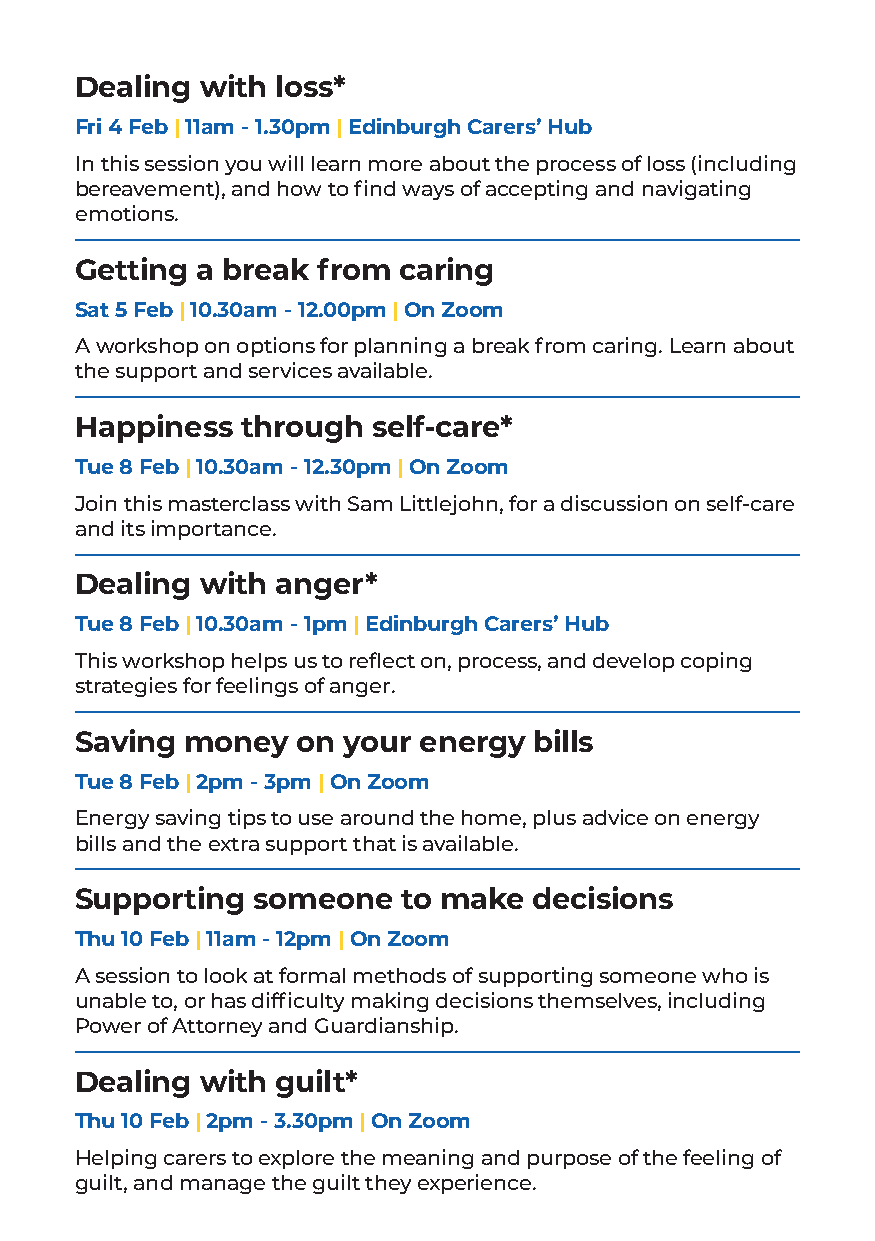
Dealing with loss*
 Fri 4 Feb | 11am - 1.30pm | Edinburgh Carers’ Hub
 In this session you will learn more about the process of loss (including
 bereavement), and how to find ways of accepting and navigating
 emotions.
 Getting a break from caring
 Sat 5 Feb | 10.30am - 12.00pm | On Zoom
 A workshop on options for planning a break from caring. Learn about
 the support and services available.
 Happiness  through  self-care*
 Tue 8 Feb | 10.30am - 12.30pm | On Zoom
 Join this masterclass with Sam Littlejohn, for a discussion on self-care
 and its importance.
 Dealing with anger*
 Tue 8 Feb | 10.30am - 1pm | Edinburgh Carers’ Hub
 This workshop helps us to reflect on, process, and develop coping
 strategies for feelings of anger.
 Saving money   on your energy bills
 Tue 8 Feb | 2pm - 3pm | On Zoom
 Energy saving tips to use around the home, plus advice on energy
 bills and the extra support that is available.
 Supporting  someone   to make decisions
 Thu 10 Feb | 11am - 12pm | On Zoom
 A session to look at formal methods of supporting someone who is
 unable to, or has difficulty making decisions themselves, including
 Power of Attorney and Guardianship.
 Dealing with guilt*
 Thu 10 Feb | 2pm - 3.30pm | On Zoom
 Helping carers to explore the meaning and purpose of the feeling of
 guilt, and manage the guilt they experience.